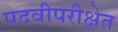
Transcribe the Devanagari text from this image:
पदवीपरीक्षेत